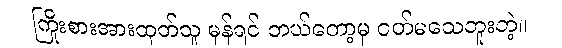
ကြိုးစားအားထုတ်သူ မှန်ရင် ဘယ်တော့မှ ငတ်မသေဘူးတဲ့။